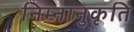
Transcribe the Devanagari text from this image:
निम्नानुकृति